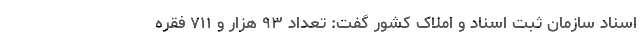
اسناد سازمان ثبت اسناد و املاک کشور گفت: تعداد ۹۳ هزار و ۷۱۱ فقره